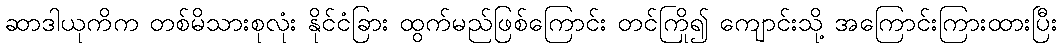
ဆာဒါယုကိက တစ်မိသားစုလုံး နိုင်ငံခြား ထွက်မည်ဖြစ်ကြောင်း တင်ကြို၍ ကျောင်းသို့ အကြောင်းကြားထားပြီး